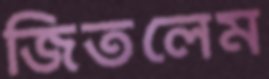
জিতলেম